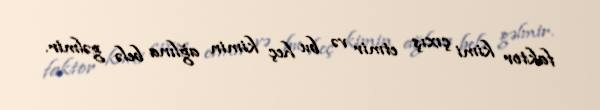
faktor kimi çıxış etmir və bu heç kimin ağlına belə gəlmir.